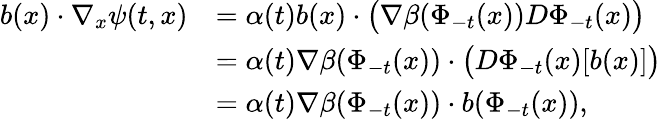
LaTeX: \begin{array}{rl}{b(x)\cdot\nabla_{x}\psi(t,x)}&{=\alpha(t)b(x)\cdot\big(\nabla\beta(\Phi_{-t}(x))D\Phi_{-t}(x)\big)}\\ &{=\alpha(t)\nabla\beta(\Phi_{-t}(x))\cdot\big(D\Phi_{-t}(x)[b(x)]\big)}\\ &{=\alpha(t)\nabla\beta(\Phi_{-t}(x))\cdot b(\Phi_{-t}(x)),}\end{array}